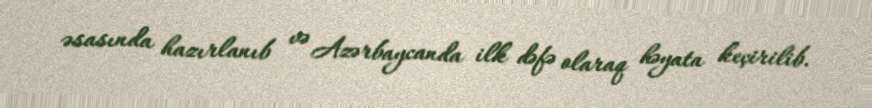
əsasında hazırlanıb və Azərbaycanda ilk dəfə olaraq həyata keçirilib.